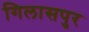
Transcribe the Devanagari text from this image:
गिलासपुर